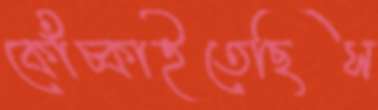
কোঁচ্‌কাইতেছিস